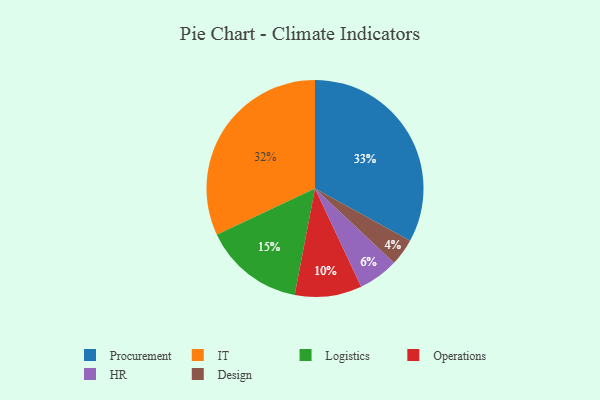
{"axis": {"x": "Category", "y": "Percentage"}, "legend": ["Design", "HR", "IT", "Logistics", "Operations", "Procurement"], "data": [{"x": "Design", "y": 4, "type": "Design"}, {"x": "HR", "y": 6, "type": "HR"}, {"x": "Operations", "y": 10, "type": "Operations"}, {"x": "IT", "y": 32, "type": "IT"}, {"x": "Logistics", "y": 15, "type": "Logistics"}, {"x": "Procurement", "y": 33, "type": "Procurement"}]}